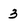
Character: 3